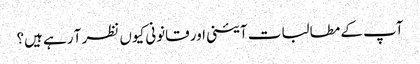
آپ کے مطالبات آئینی اور قانونی کیوں نظر آ رہے ہیں؟